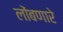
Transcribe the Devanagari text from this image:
लोंबणारे